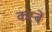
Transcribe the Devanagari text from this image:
कस्‍बें